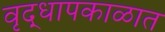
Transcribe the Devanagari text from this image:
वृद्धापकाळात